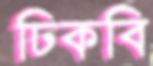
ঢিকবি